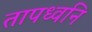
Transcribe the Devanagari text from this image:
तापध्वनि